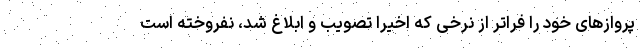
پروازهای خود را فراتر از نرخی که اخیرا تصویب و ابلاغ شد، نفروخته است